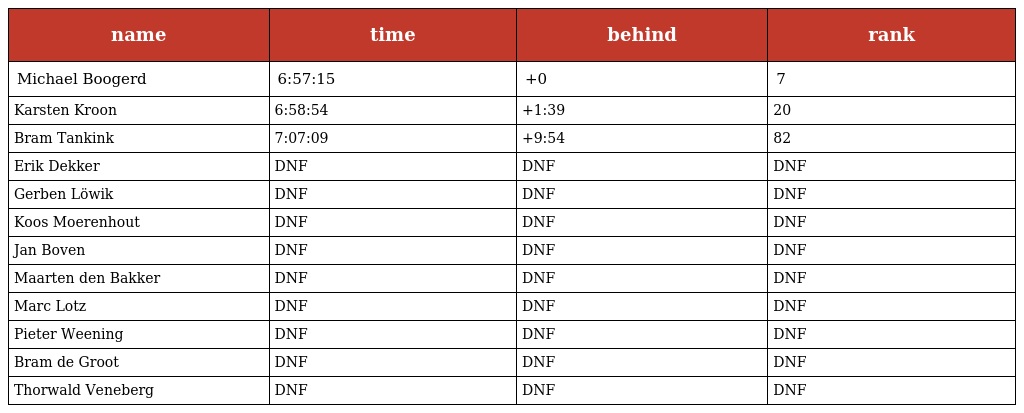
| name | time | behind | rank |
 | --- | --- | --- | --- |
 | Michael Boogerd | 6:57:15 | +0 | 7 |
 | Karsten Kroon | 6:58:54 | +1:39 | 20 |
 | Bram Tankink | 7:07:09 | +9:54 | 82 |
 | Erik Dekker | DNF | DNF | DNF |
 | Gerben Löwik | DNF | DNF | DNF |
 | Koos Moerenhout | DNF | DNF | DNF |
 | Jan Boven | DNF | DNF | DNF |
 | Maarten den Bakker | DNF | DNF | DNF |
 | Marc Lotz | DNF | DNF | DNF |
 | Pieter Weening | DNF | DNF | DNF |
 | Bram de Groot | DNF | DNF | DNF |
 | Thorwald Veneberg | DNF | DNF | DNF |